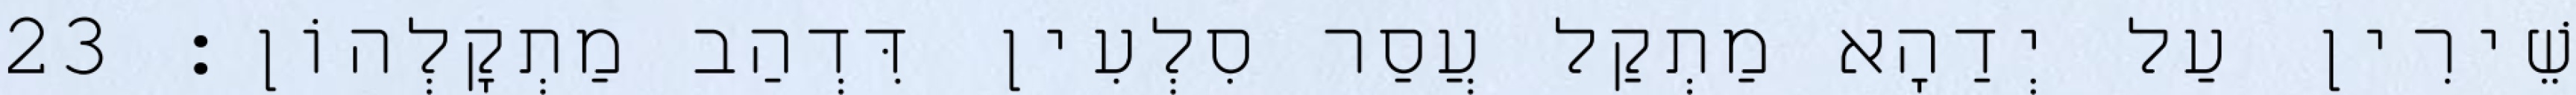
שֵׁירִין עַל יְדַהָא מַתְקַל עֲסַר סִלְעִין דִּדְהַב מַתְקָלְהוֹן׃ 23